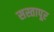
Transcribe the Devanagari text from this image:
सस्तापूर